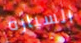
السياره